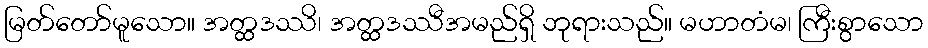
မြတ်တော်မူသော။ အတ္ထဒဿိ၊ အတ္ထဒဿီအမည်ရှိ ဘုရားသည်။ မဟာတံမ၊ ကြီးစွာသော